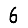
Digit: 6